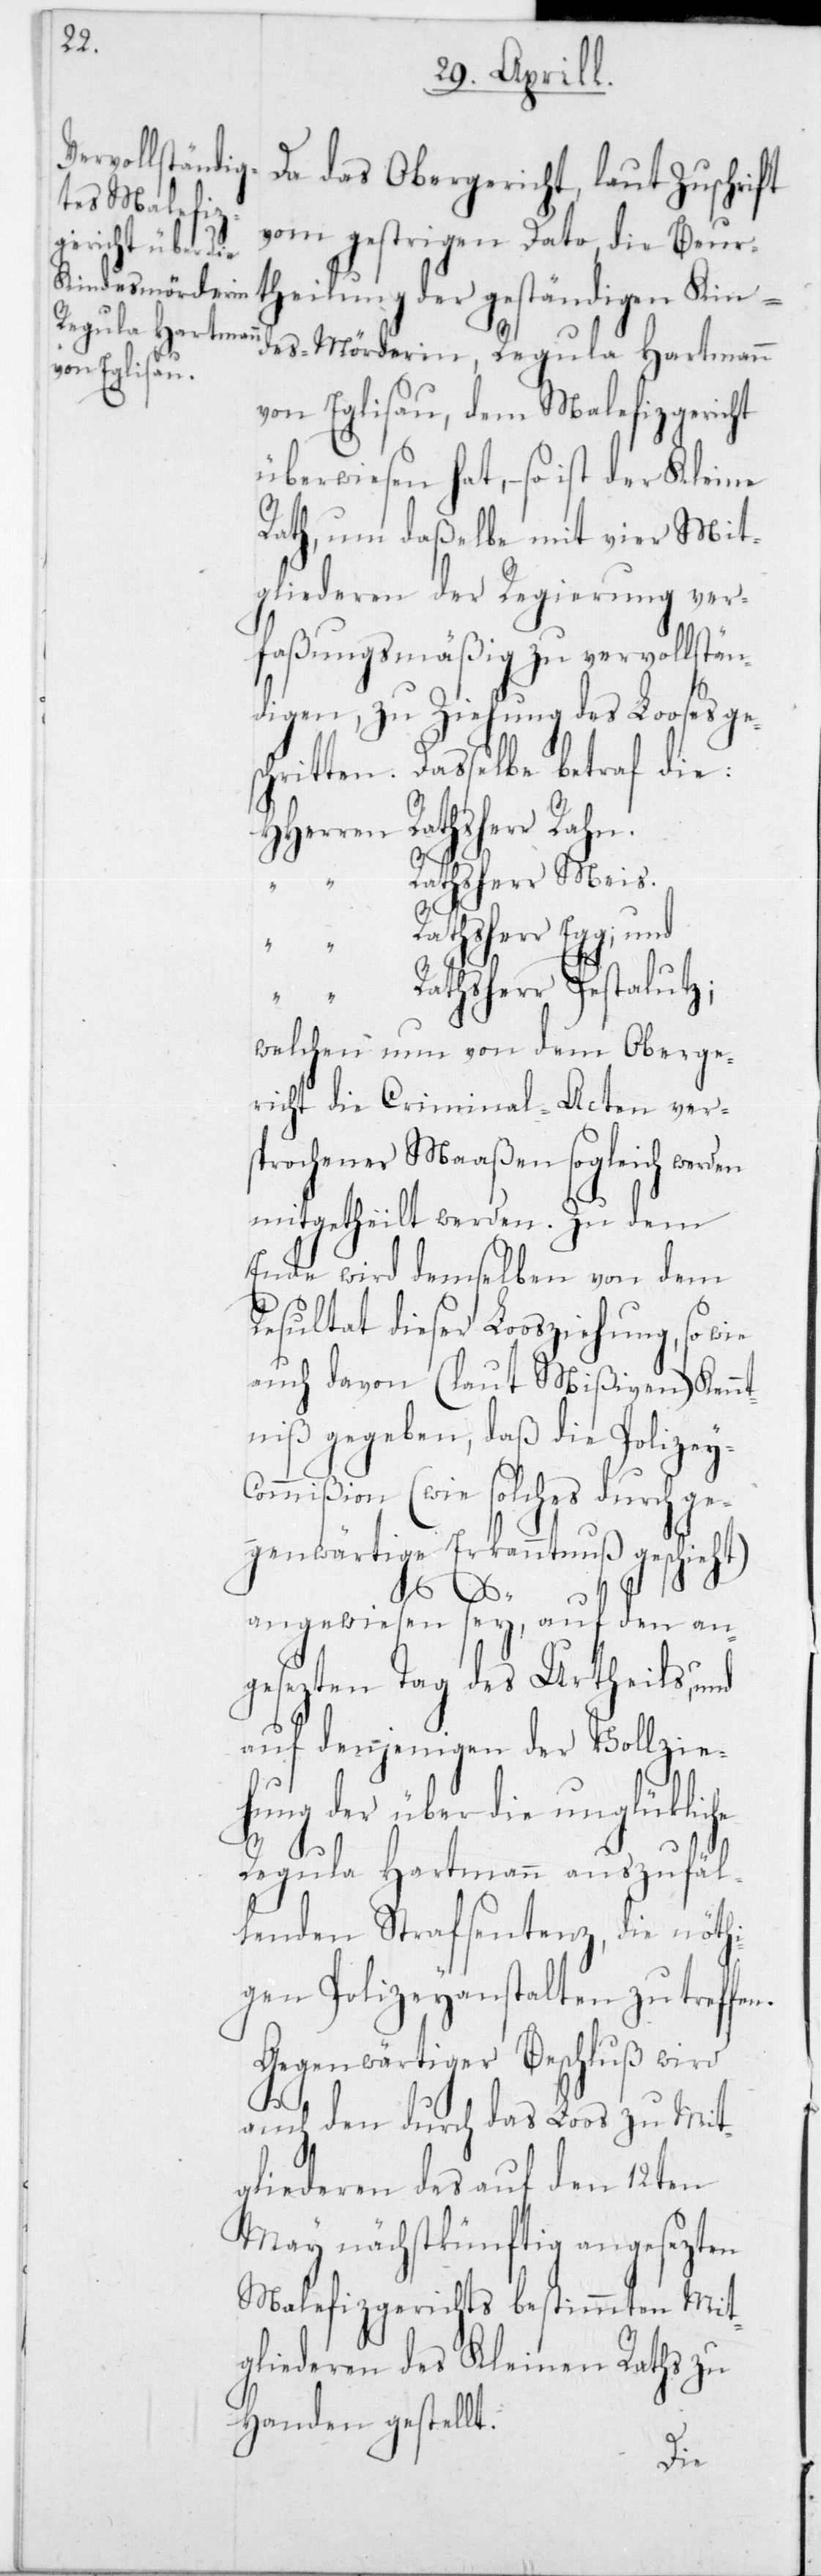
Da das Obergericht, laut Zuschrift
vom gestrigen Dato, die Beur¬
theilung der geständigen Kinde¬
von Eglisau, dem Malefizgericht
überwiesen hat, – so ist der Kleine
Rath, um daßelbe mit vier Mit¬
gliederen der Regierung ver¬
faßungsmäßig zu vervollstän¬
digen, zu Ziehung des Looses ge¬
schritten. Dasselbe betraf die:
Rathsherr Meis.
Rathsherr Rahn.
Rathsherr Pestalutz.
welchen nun von dem Oberge¬
richt die Criminal-Acten ver¬
sprochener Maaßen sogleich werden
mitgetheilt werden. Zu dem
Ende wird demselben von dem
Resultat dieser Loosziehung, so wie
auch davon (laut Mißiven) Kennt¬
niß gegeben, daß die Polizey-C¬
ommißion (wie solches durch ge¬
genwärtige Erkanntnuß geschieht)
und
angewiesen sey, auf den an¬
gesezten Tag des Urtheils, und
auf denjenigen der Vollzie¬
hung der über die unglükliche
Regula Hartmann auszufäl¬
lenden Strafsentenz, die nöthi¬
gen Polizeyanstalten zu treffen.
Gegenwärtiger Beschluß wird
auch den durch das Loos zu Mit¬
gliederen des auf den 12ten
May nächstkünftig angesezten
Malefizgerichts bestimmten Mit¬
gliederen des Kleinen Raths zu
Handen gestellt.